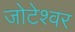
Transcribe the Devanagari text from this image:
जोटेश्‍वर